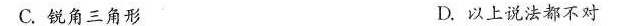
C.锐角三角形 D.以上说法都不对